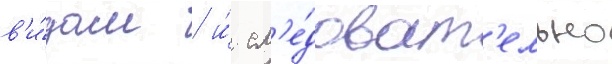
в'и́дам / и́ сл'е́доват'ельно